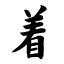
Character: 着